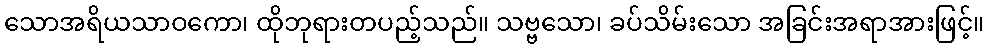
သောအရိယသာဝကော၊ ထိုဘုရားတပည့်သည်။ သဗ္ဗသော၊ ခပ်သိမ်းသော အခြင်းအရာအားဖြင့်။